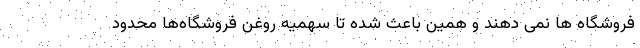
فروشگاه ها نمی دهند و همین باعث شده تا سهمیه‌ روغن فروشگاه‌ها محدود